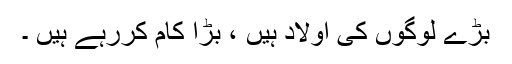
بڑے لوگوں کی اولاد ہیں ، بڑا کام کررہے ہیں ۔